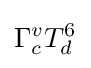
\Gamma _{c}^{v}T_{d}^{6}